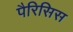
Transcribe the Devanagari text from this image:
पैरिसिस